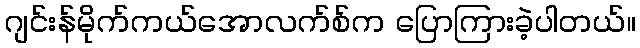
ဂျင်းန်မိုက်ကယ်အောလက်စ်က ပြောကြားခဲ့ပါတယ်။